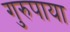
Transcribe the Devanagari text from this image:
गुरुपाया